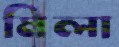
মিলা